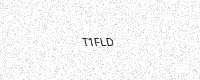
Text: T1FLD